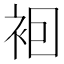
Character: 𧙊